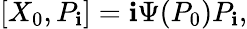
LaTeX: [X_{0},P_{\mathbf{i}}]=\mathbf{i}\Psi(P_{0})P_{\mathbf{i}},